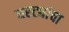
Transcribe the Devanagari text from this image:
घरट्यांचा